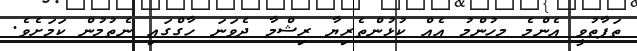
ތަފާތުވީ އެންމެ މހުންމު އެއް ކުޅުންތެރިޔާ ރިޝްމާ ދެވަނަ ހާގްގައި ނެތުމުން ކަމަށެވެ.